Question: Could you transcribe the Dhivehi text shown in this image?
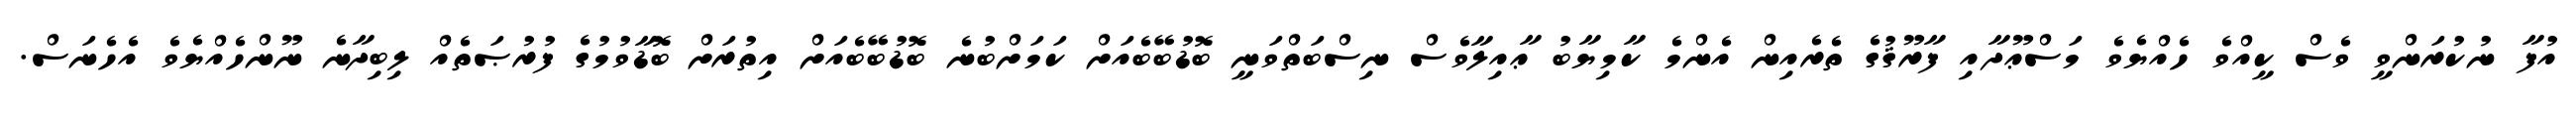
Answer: އުފާ ނުކުރަންވީ ވެސް ކީއްވެ ހެއްޔެވެ މަސްޢޫދާއި ފާރޫޤުގެ ތެރެއިން އެންމެ ކާމިޔާބު ޢާއިލާވެސް ނިސްބަތްވަނީ ބޮޑުބޭބެއަށް ކަމަށްބުނެ ބޮޑުބޭބެއަށް އިތުރަށް ބޮޑާވުމުގެ ފުރުޞަތެއް ލިބިދާނެ ނޫންހެއްޔެވެ އެހެނަސް.